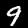
Label: 9